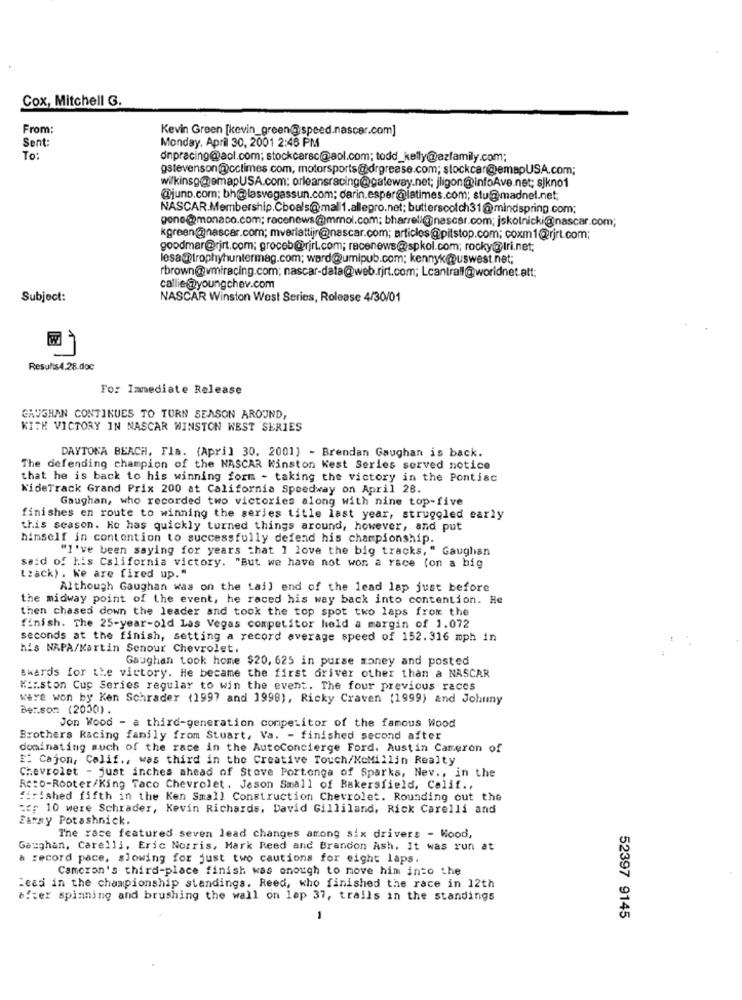
Cox, Mitchell G.
From:
Kevin Green [kevin_green@speed.nascer.com]
Sent:
Monday, April 30, 2001 2:46 PM
To:
dnpracing@aol.com; stockcarsc@aol.com; todd_kelly@azfamily.com;
gstevenson@cclimes.com; motorsports@drgrease.com; stockcar@emapUSA.com;
wilkinsp@emapUSA.com: orleansracing@gateway.net; jligon@infoAve.net; sjkno1
@juno.com; bh@lasvegassun.com; darin.esper@latimes.com; stu@madnel.net;
NASCAR.Membership.Cboals@mall1.allegro.net; butterscotch31@mindspring.com;
gone@monaco.com; racenews @mmol.com; bharrell@nascar.com; jskolnicki@nascar.com;
kgreen@nascar.com; mveriattijr@nascar.com; articles@pitstop.com; coxm1@rjrt.com;
goodmar@rjrt.com; groceb@rirt.com; racenews@spkol.com; rocky@tri.net;
lesa@trophyhuntermag.com; ward@umipub.com; kennyk@@uswest.net;
rbrown@vmiracing.com; nascar-data@web.rjrt.com; Lcantrall@worldnet att:
callie@youngchev.com
Subject:
NASCAR Winston West Series, Rolease 4/30/01
For Immediate Release
GAUGHAN CONTINUES TO TURN SEASON AROUND,
KITH VICTORY IN NASCAR WINSTON WEST SERIES
DAYTONA BEACH, Fla. (April 30, 2001) - Brendan Gaughan is back.
The defending champion of the NASCAR Kinston Kest Series served notice
that he is back to his winning form - taking the victory in the Pontiac
KideTrack Grand Prix 200 at California Speedway on April 28.
Gaughan, who recorded two victories along with nine top-five
finishes en route to winning the series title last year, struggled early
this season. He has quickly turned things around, however, and put
himself in contention to successfully defend his championship.
"I've been saying for years that I love the big tracks, " Gaughan
said of his California victory. "But we have not won a race (on a big
Lzack). We are fired up."
Although Gaughan was on the tail end of the lead lap just before
the midway point of the event, he raced his way back into contention. He
then chased down the leader and took the top spot two laps from the
finish. The 25-year-old Las Vegas competitor held a margin of 1.072
seconds at the finish, setting a record average speed of 152.316 mph in
his NAPA/Kartin Senour Chevrolet.
Gaughan took home $20, 625 in purse money and posted
awards for the victory. He became the first driver other than a NASCAR
Winston Cup Series regular to win the event. The four previous races
wire won by Ken Schrader (1997 and 1998), Ricky Craven (1999) and Johnny
Ber.son (2000).
Jon Wood - a third-generation competitor of the famous Wood
Brothers Racing family from Stuart, Va. - finished second after
dominating much of the race in the AutoConcierge Ford. Austin Cameron of
E' Cajon, Calif ., was third in the Creative Touch/KoMillin Realty
Chevrolet - just inches ahead of Stove Portonga of Sparks, Nev ., in the
Re:o-Rooter/King Taco Chevrolet . Jeson Small of Bakersfield, Calif .,
fished fifth in the Ken Small Construction Chevrolet. Rounding out the
: 10 were Schrader, Kevin Richards. David Gilliland, Rick Carelli and
Earmy Potashnick.
The race featured seven lead changes among six drivers - Wood,
Gaughan, Carelli, Eric Norris, Mark Reed and Brandon Ash. It was run at
& record pace, slowing for just two cautions for eight laps.
Cameron's third-place finish was enough to move him into the
Feas in the championship standings. Reed, who finished the race in 12th
efter spinning and brushing the wall on lap 37, trails in the standings
1
52397 9145